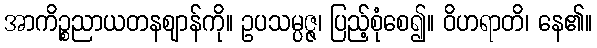
အာကိဉ္စညာယတနဈာန်ကို။ ဥပသမ္ပဇ္ဇ၊ ပြည့်စုံစေ၍။ ဝိဟရာတိ၊ နေ၏။